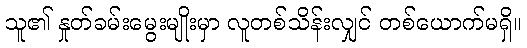
သူ၏ နှုတ်ခမ်းမွေးမျိုးမှာ လူတစ်သိန်းလျှင် တစ်ယောက်မရှိ။